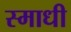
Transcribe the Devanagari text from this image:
स्माधी